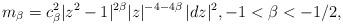
LaTeX: \begin{align*}m_\beta=c_\beta^2 |z^2-1|^{2\beta}|z|^{-4-4\beta}\,|dz|^2,-1<\beta<-1/2, \end{align*}